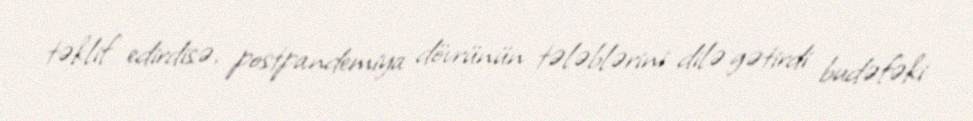
təklif edirdisə, postpandemiya dövrünün tələblərini dilə gətirdi budəfəki